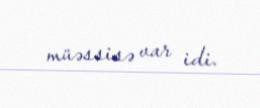
müəssisə var idi.